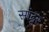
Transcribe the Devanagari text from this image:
सांढूर